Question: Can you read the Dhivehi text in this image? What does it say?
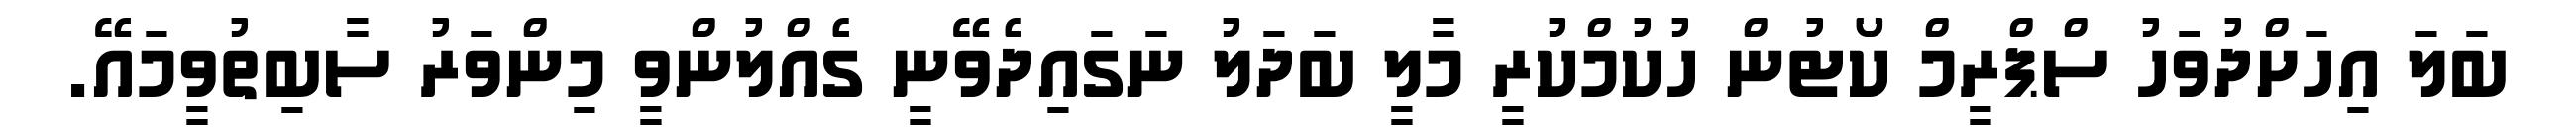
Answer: ބަލަ އިހަށްދުވަހު ސްޕްރީމް ކޯޓުން ހުކުމްކުރީ މާލީ ބަދަލު ނަގައިދެވޭނީ ގެއްލުންވީ މިންވަރު ސާބިތުވީމައޭ.